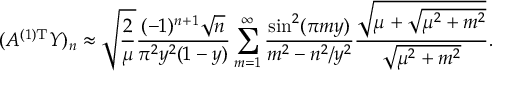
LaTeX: ( A ^ { ( 1 ) \mathrm { T } } Y ) _ { n } \approx \sqrt { \frac { 2 } { \mu } } \frac { ( - 1 ) ^ { n + 1 } \sqrt { n } } { \pi ^ { 2 } y ^ { 2 } ( 1 - y ) } \sum _ { m = 1 } ^ { \infty } \frac { \sin ^ { 2 } ( \pi m y ) } { m ^ { 2 } - n ^ { 2 } / y ^ { 2 } } \frac { \sqrt { \mu + \sqrt { \mu ^ { 2 } + m ^ { 2 } } } } { \sqrt { \mu ^ { 2 } + m ^ { 2 } } } .